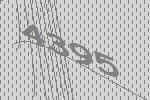
4395